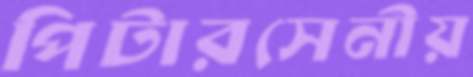
পিটারসেনীয়